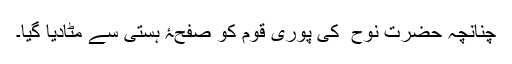
چنانچہ حضرت نوح ؑ کی پوری قوم کو صفحۂ ہستی سے مٹادیا گیا۔